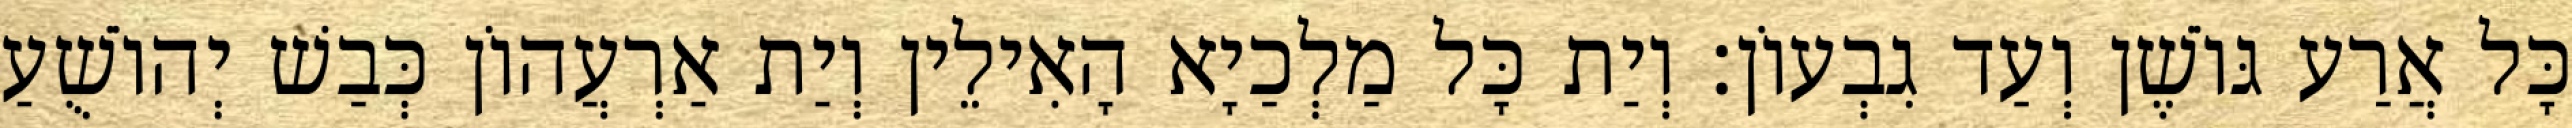
כָּל אֲרַע גּוֹשֶׁן וְעַד גִבְעוֹן׃ וְיַת כָּל מַלְכַיָא הָאִילֵין וְיַת אַרְעֲהוֹן כְּבַשׁ יְהוֹשֻׁעַ